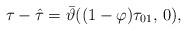
LaTeX: \begin{align*}\tau - \hat{\tau}= \bar{\vartheta} ((1-\varphi)\tau_{01},\,0),\end{align*}